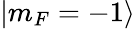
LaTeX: |m_{F}=-1\rangle